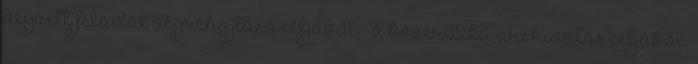
végzett feladat végrehajtása céljából; · a közérdekű archiválás céljából,